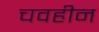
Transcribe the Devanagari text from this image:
चवहीन